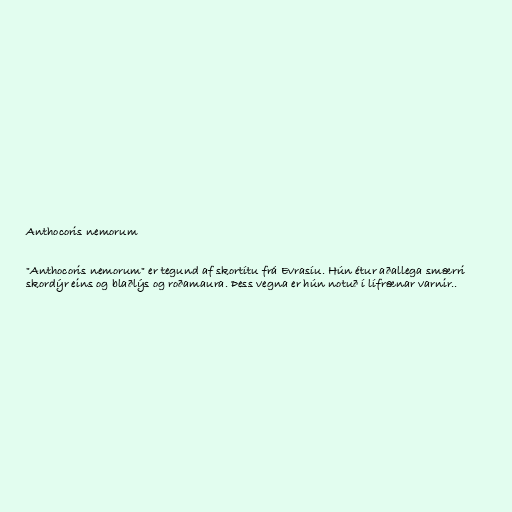
Anthocoris nemorum

"Anthocoris nemorum" er tegund af skortítu frá Evrasíu. Hún étur aðallega smærri
skordýr eins og blaðlýs og roðamaura. Þess vegna er hún notuð í lífrænar varnir..